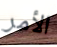
الأمر